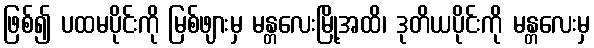
ဖြစ်၍ ပထမပိုင်းကို မြစ်ဖျားမှ မန္တလေးမြို့အထိ၊ ဒုတိယပိုင်းကို မန္တလေးမှ